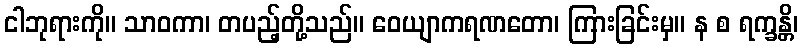
ငါဘုရားကို။ သာဝကာ၊ တပည့်တို့သည်။ ဝေယျာကရဏတော၊ ကြားခြင်းမှ။ န စ ရက္ခန္တိ၊